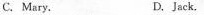
c. Mary. D. Jack.